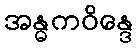
အန္ဓကဝိန္ဒေ